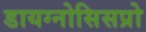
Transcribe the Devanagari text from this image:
डायग्नोसिसप्रो